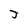
Character: J